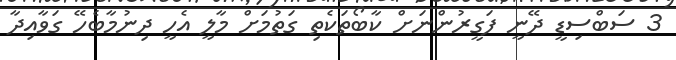
3 ސަބްސިޑީ ދޭނީ ފަގީރުންނަށް ކާބޯތަކެތި ގަތުމަށް މާލީ އެހީ ދިނުމާބެހޭ ގަވާއިދާ